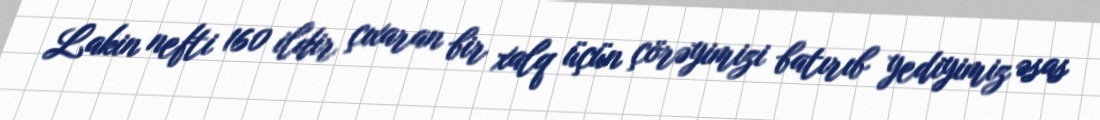
Lakin nefti 160 ildir çıxaran bir xalq üçün çörəyimizi batırıb yediyimiz əsas